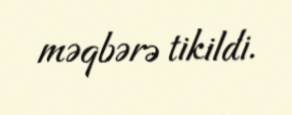
məqbərə tikildi.